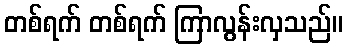
တစ်ရက် တစ်ရက် ကြာလွန်းလှသည်။